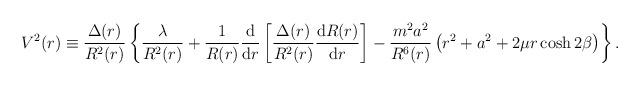
LaTeX: \begin{align*}V^2(r) \equiv {\Delta (r) \over R^2 (r) }\left\{ \frac{\lambda}{R^2(r)} + \frac{1}{R(r)} \frac{\mbox{d}}{\mbox{d} r} \left[ \frac{\Delta(r)}{R^2(r)} \frac{\mbox{d} R(r)}{\mbox{d} r}\right]- \frac{m^2 a^2}{R^6(r)} \left( r^2 + a^2 + 2 \mu r \cosh 2\beta \right)\right\} . \end{align*}